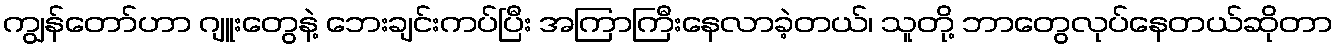
ကျွန်တော်ဟာ ဂျူးတွေနဲ့ ဘေးချင်းကပ်ပြီး အကြာကြီးနေလာခဲ့တယ်၊ သူတို့ ဘာတွေလုပ်နေတယ်ဆိုတာ